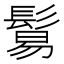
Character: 鬄